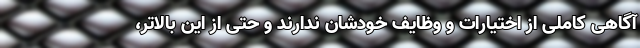
آگاهی کاملی از اختیارات و وظایف خودشان ندارند و حتی از این بالاتر،